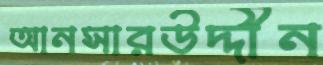
আনসারউদ্দীন